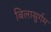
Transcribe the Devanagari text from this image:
बिलासुर्गम